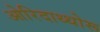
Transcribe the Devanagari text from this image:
ओरिदाथ्थोरू